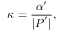
\kappa = \frac { \alpha ^ { \prime } } { | \boldsymbol { P } ^ { \prime } | } ,